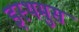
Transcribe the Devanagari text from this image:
इस्थमुस